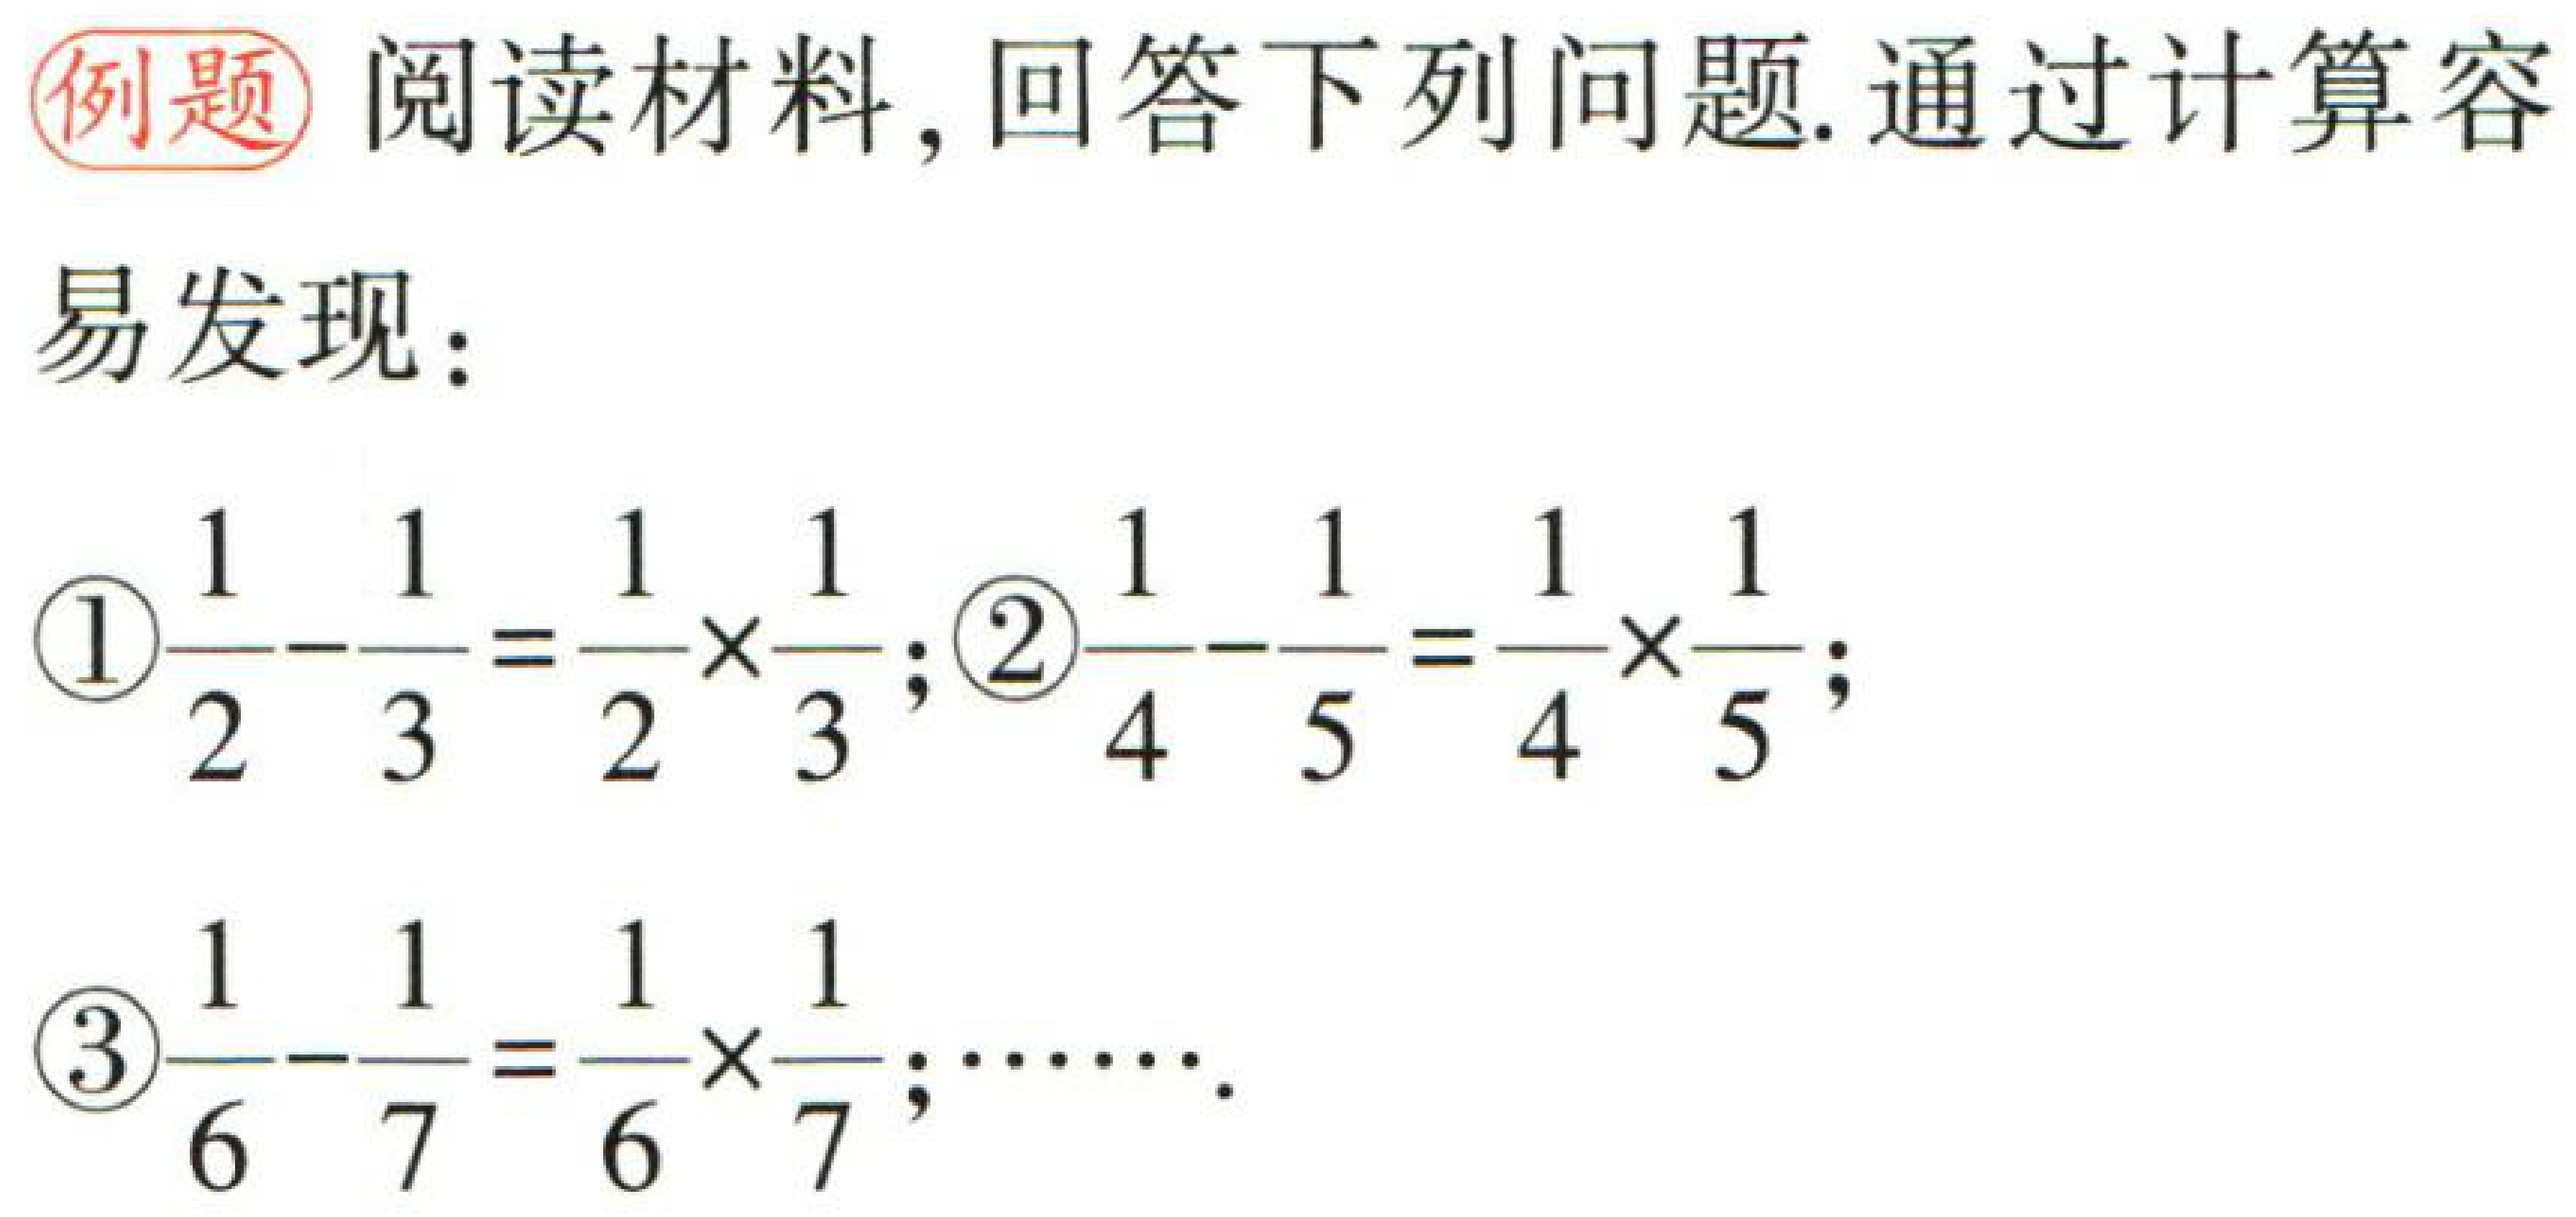
例题 阅读材料, 回答下列问题. 通过计算容
易发现：
\begin{enumerate}
\item $\frac{1}{2}-\frac{1}{3}=\frac{1}{2} \times \frac{1}{3}$; \item $\frac{1}{4}-\frac{1}{5}=\frac{1}{4} \times \frac{1}{5}$;
\item $\frac{1}{6}-\frac{1}{7}=\frac{1}{6} \times \frac{1}{7}$; $\cdots \cdots$.
\end{enumerate}